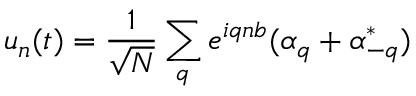
u _ { n } ( t ) = \frac { 1 } { \sqrt { N } } \sum _ { q } e ^ { i q n b } ( \alpha _ { q } + \alpha _ { - q } ^ { * } )